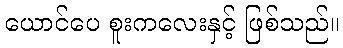
ယောင်ပေ စူးကလေးနှင့် ဖြစ်သည်။